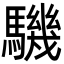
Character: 𩦋